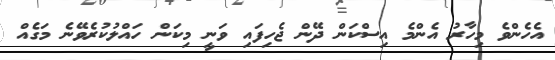
އެހެންވެ މިހާރު އެންމެ އިސްކަން ދޭން ޖެހިފައި ވަނީ މިކަން ހައްލުކުރެވޭނެ މަގެއް